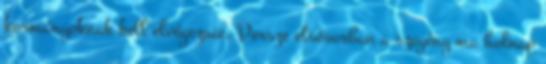
kormányoknak kell elvégeznie. Persze elsősorban a szegény ma holnap